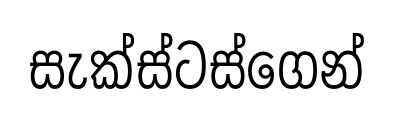
සැක්ස්ටස්ගෙන්